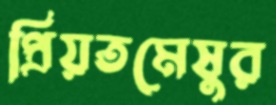
প্রিয়তমেষুর